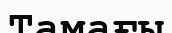
Тамағы